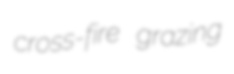
cross-fire grazing